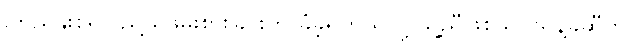
ကြည်နူးစရာ ညှို့ယူဖမ်းစားခြင်းကို ခံခဲ့ရတယ်လို့ သူ့ညီဖြစ်သူ ဖရန့်ခ်ဆီကို